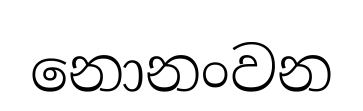
නොනංවන